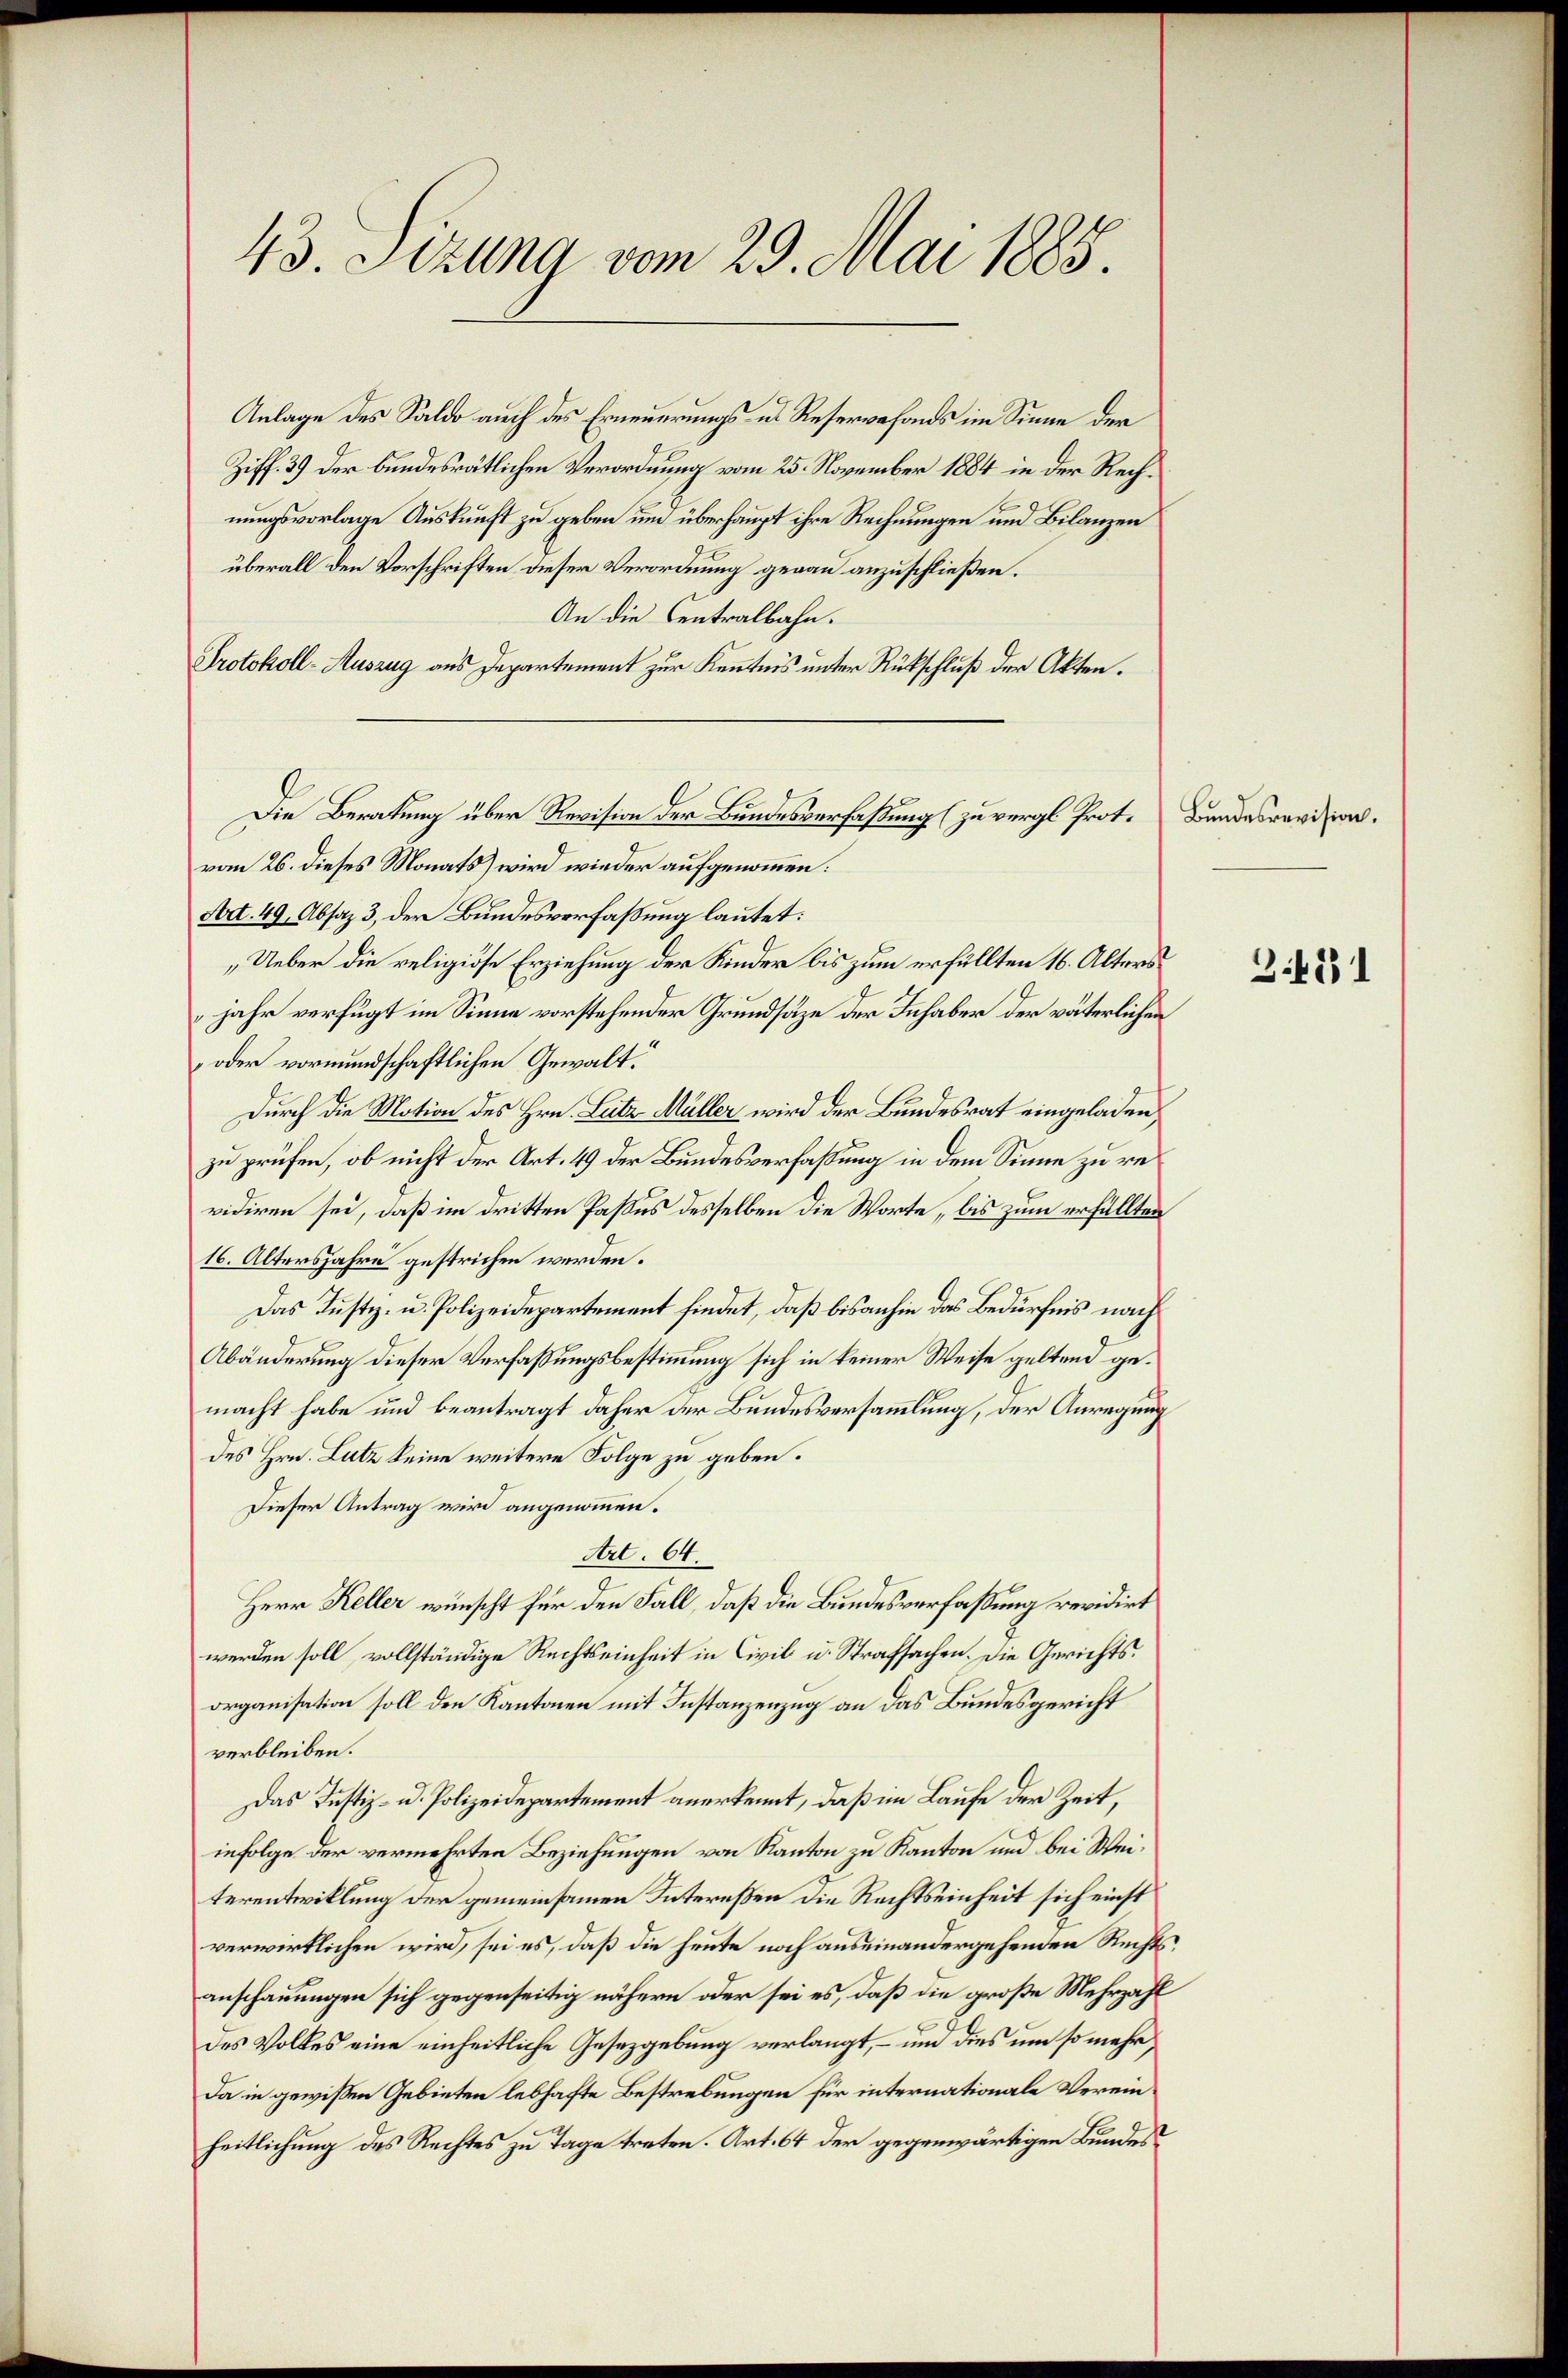
43. Sitzung vom 29. Mai 1885.

Anlage des Saldo auch des Erneuerungs- u. Reservefonds im Sinne der
Ziff. 39 der bundesrätlichen Verordnung vom 25. November 1884 in der Rechnungsvorlage Auskunft zu geben um überhaupt ihre Rechnungen und Bilanzen
überall den Vorschriften dieser Verordnung genau anzuschließen.
An die Centralbahn.
Protokoll-Auszug aus Departement zur Kenntnis unter Rückschluß der Akten.
vom 26. dieses Monats) wird wieder aufgenommen:
Art. 49, Absaz 3, der Bundesverfaßung lautet:
„Ueber die religiöse Erziehung der Kinder bis zum erfüllten 16. Alters
jahr verfügt im Sinne vorstehender Grundsätze der Inhaber der väterlichen
oder vormundschaftlichen Gewalt.
Durch die Motion des Hrn. Leitz Müller wird der Bundesrat eingeladen,
zu prüfen, ob nicht der Art. 49 der Bundesverfaßung in dem Sinne zu revidiren sei, daß im dritten Passus desselben die Worte, bis zum erfüllten
16. Altersjahre gestrichen werden.
Das Justiz- u. Polizeidepartement findet, daß bisanhin das Bedürfnis nach
Abänderung dieser Verfaßungsbestimmung sich in keiner Weise geltend gemacht habe und beantragt daher der Bundesversammlung, der Anregung
des Hrn. Lutz keine weitere Folge zu geben.
Dieser Antrag wird angenommen.
Art. 64.
Herr Keller wünscht für den Fall, daß die Bundesverfaßung revidirt
werden soll, vollständige Rechtseinheit in Civil u. Strafsachen. Die Gerichtsorganisation soll den Kantonen mit Instanzenzug an das Bundesgericht
verbleiben.
Das Justiz- u. Polizeidepartement anerkennt, daß im Laufe der Zeit,
infolge der vermehrten Beziehungen von Kanton zu Kanton und bei Weiterentwicklung der gemeinsamen Intereßen die Rechtseinheit sich einst
verwirklichen wird, sei es, daß die heute noch auseinandergehenden Rechtsanschauungen sich gegenseitig nähern oder sei es, daß die große Mehrzahl
des Volkes eine einheitliche Gesetzgebung verlangt, – und dies um so mehr
Da in gewissen Gebieten lebhafte Bestrebungen für internationale Vereinheitlichung des Rechtes zu Tage treten. Art. 64 der gegenwärtigen Bundes¬

Die Beratung über Revision der Bundesverfaßung (zu vergl. Prot.

Bundesrevision.

3.431